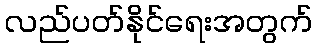
လည်ပတ်နိုင်ရေးအတွက်